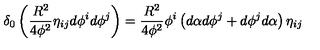
\delta _ { 0 } \left( \frac { R ^ { 2 } } { 4 \phi ^ { 2 } } \eta _ { i j } d \phi ^ { i } d \phi ^ { j } \right) = \frac { R ^ { 2 } } { 4 \phi ^ { 2 } } \phi ^ { i } \left( d \alpha d \phi ^ { j } + d \phi ^ { j } d \alpha \right) \eta _ { i j }